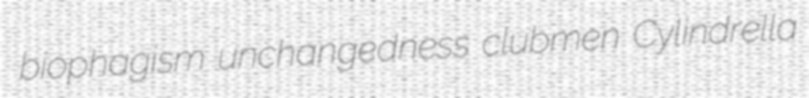
biophagism unchangedness clubmen Cylindrella